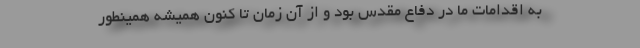
به اقدامات ما در دفاع مقدس بود و از آن زمان تا کنون همیشه همینطور